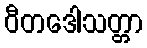
ဝီတဒေါသတ္တာ